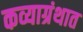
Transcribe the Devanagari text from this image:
कव्याग्रंथात